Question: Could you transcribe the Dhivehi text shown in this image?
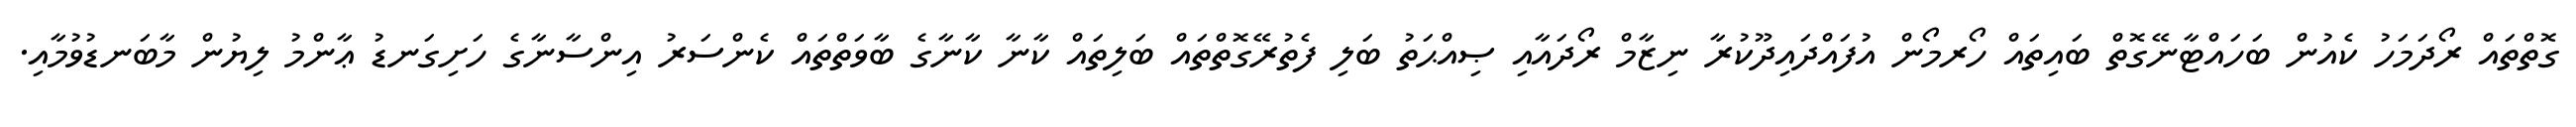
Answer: ގޮތްތައް ރޯދަމަހު ކެއުން ބަހައްޓާނޭގޮތް ބައިތައް ހޯރމޯން އުފައްދައިދޫކުރާ ނިޒާމް ރޯދައާއި ޞިއްޙަތު ބަލި ފެތުރޭގޮތްތައް ބަލިތައް ކާނާ ކާނާގެ ބާވަތްތައް ކެންސަރު އިންސާނާގެ ހަށިގަނޑު ޢާންމު ލިޔުން މާބަނޑުވުމާއި.